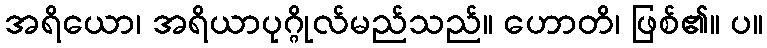
အရိယော၊ အရိယာပုဂ္ဂိုလ်မည်သည်။ ဟောတိ၊ ဖြစ်၏။ ပ။